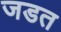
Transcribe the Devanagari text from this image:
जडत